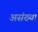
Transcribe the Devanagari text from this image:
असंख्या